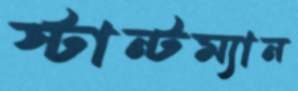
স্টান্টম্যান